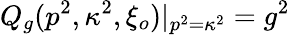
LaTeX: Q_{g}(p^{2},\kappa^{2},\xi_{o})|_{p^{2}=\kappa^{2}}=g^{2}